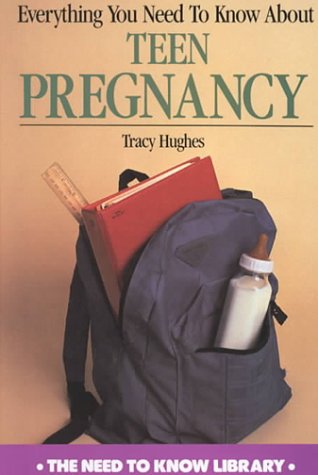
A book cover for Everything You Need to Know about Teen Pregnancy (Need to Know Library); Tracy Hughes; Teen & Young Adult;